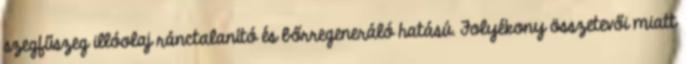
szegfűszeg illóolaj ránctalanító és bőrregeneráló hatású. Folyékony összetevői miatt